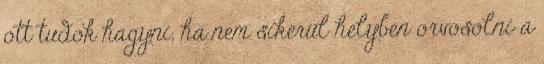
ott tudok hagyni, ha nem sikerül helyben orvosolni a